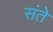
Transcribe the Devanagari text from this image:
संते